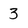
Character: 3